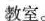
教室。